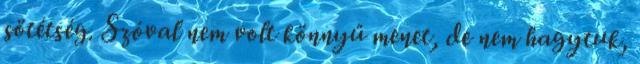
sötétség. Szóval nem volt könnyű menet, de nem hagytuk,